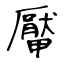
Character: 厴